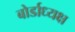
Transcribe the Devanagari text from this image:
बोर्डाध्यक्ष